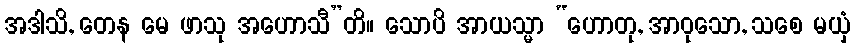
အဒါသိ, တေန မေ ဖာသု အဟောသီ”တိ။ သောပိ အာယသ္မာ “ဟောတု, အာဝုသော, သစေ မယှံ